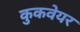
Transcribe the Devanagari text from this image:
कुकवेयर